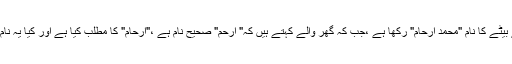
میں نے اپنے بیٹے کا نام "محمد ارحام" رکھا ہے ،جب کہ گھر والے کہتے ہیں کہ" ارحم" صحیح نام ہے ،"ارحام" کا مطلب کیا ہے اور کیا یہ نام صحیح ہے ؟